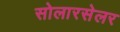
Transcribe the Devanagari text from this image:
सोलारसेलर